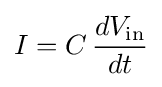
I=C\,{\frac {dV_{\text{in}}}{dt}}